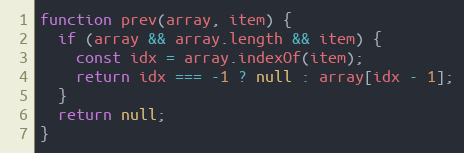
Language: JavaScript
function prev(array, item) {
  if (array && array.length && item) {
    const idx = array.indexOf(item);
    return idx === -1 ? null : array[idx - 1];
  }
  return null;
}